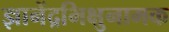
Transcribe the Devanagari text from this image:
ज्ञानेंद्रभिक्षुनामक